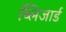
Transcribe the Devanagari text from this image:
ब्लिजार्ड